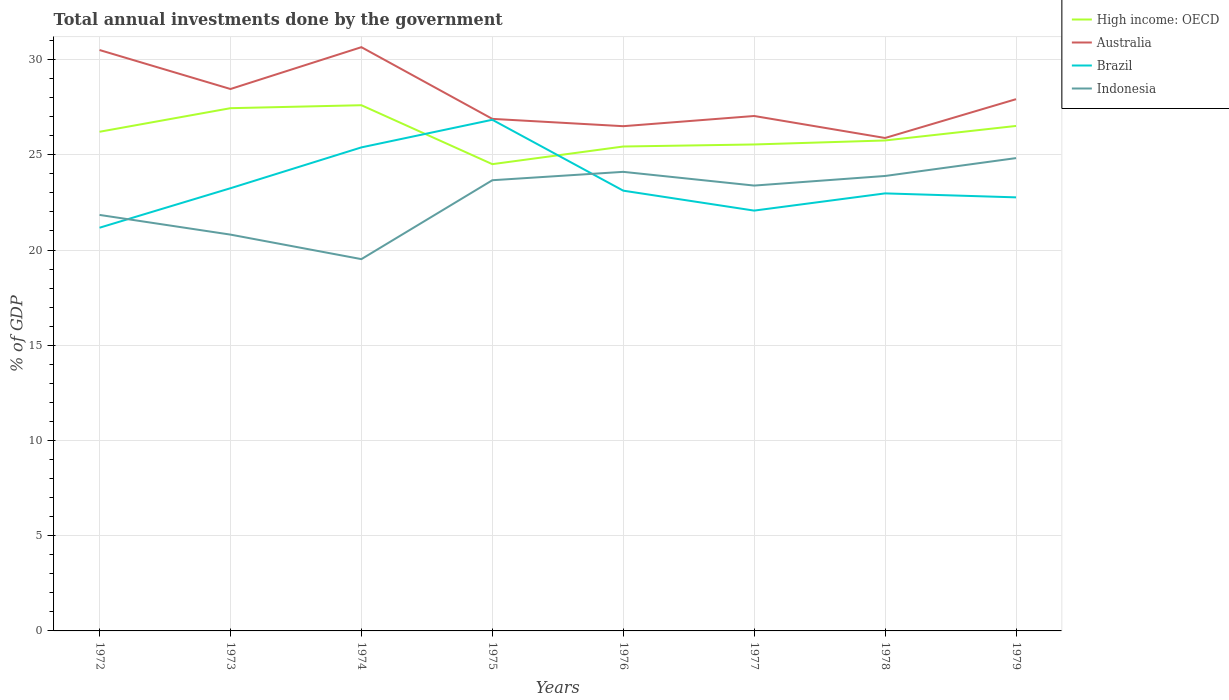
| Years | High income: OECD | Australia | Brazil | Indonesia |
 | --- | --- | --- | --- | --- |
 | 1972 | 26.2 | 30.5 | 21.2 | 21.8 |
 | 1973 | 27.4 | 28.5 | 23.2 | 20.8 |
 | 1974 | 27.6 | 30.7 | 25.4 | 19.5 |
 | 1975 | 24.5 | 26.9 | 26.8 | 23.7 |
 | 1976 | 25.4 | 26.5 | 23.1 | 24.1 |
 | 1977 | 25.5 | 27 | 22.1 | 23.4 |
 | 1978 | 25.8 | 25.9 | 23 | 23.9 |
 | 1979 | 26.5 | 27.9 | 22.8 | 24.8 |